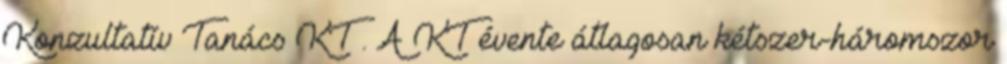
Konzultatív Tanács KT . A KT évente átlagosan kétszer-háromszor